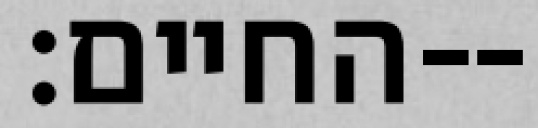
החיים׃--